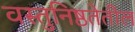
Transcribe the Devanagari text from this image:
वस्तुनिष्ठतेतील